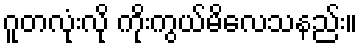
ဂူတလုံးလို ကိုးကွယ်မိလေသနည်း။